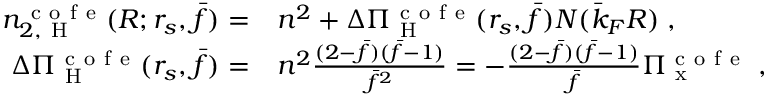
\begin{array} { r l } { n _ { 2 , \mathrm { ~ H ~ } } ^ { \mathrm { ~ c ~ o ~ f ~ e ~ } } ( R ; r _ { s } , \bar { f } ) = } & { { } n ^ { 2 } + \Delta \Pi _ { \mathrm { ~ H ~ } } ^ { \mathrm { ~ c ~ o ~ f ~ e ~ } } ( r _ { s } , \bar { f } ) N ( \bar { k } _ { F } R ) \; , } \\ { \Delta \Pi _ { \mathrm { ~ H ~ } } ^ { \mathrm { ~ c ~ o ~ f ~ e ~ } } ( r _ { s } , \bar { f } ) = } & { { } n ^ { 2 } \frac { ( 2 - \bar { f } ) ( \bar { f } - 1 ) } { \bar { f } ^ { 2 } } = - \frac { ( 2 - \bar { f } ) ( \bar { f } - 1 ) } { \bar { f } } \Pi _ { \mathrm { ~ x ~ } } ^ { \mathrm { ~ c ~ o ~ f ~ e ~ } } \; , } \end{array}